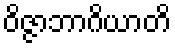
ဝိဇ္ဇာဘာဂိယာတိ